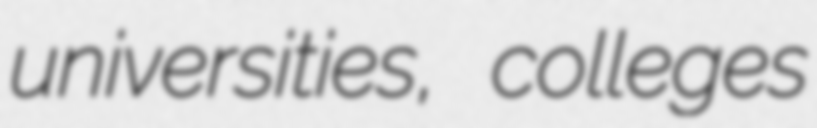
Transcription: universities, colleges